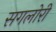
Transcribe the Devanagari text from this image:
सगलोरी